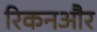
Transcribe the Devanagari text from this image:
रिकनऔर